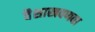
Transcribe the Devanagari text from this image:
वैशाखवणवा